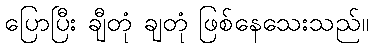
ပြောပြီး ချီတုံ ချတုံ ဖြစ်နေသေးသည်။